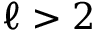
\ell > 2